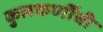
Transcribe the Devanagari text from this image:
कुलकर्णींची